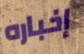
إخباره